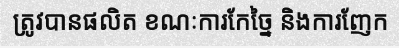
ត្រូវបានផលិត ខណៈការកែច្នៃ និងការញែក